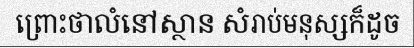
ព្រោះថាលំនៅស្ថាន សំរាប់មនុស្សក៏ដូច